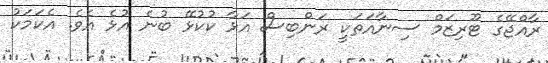
ރާއްޖޭގެ ޓޫރިޒަމް ސިނާއަތަކީ ރަންބިސް އަޅާ ކުކުޅޭ ބުނެ އުޅެ އެވެ. އެކަމަކު